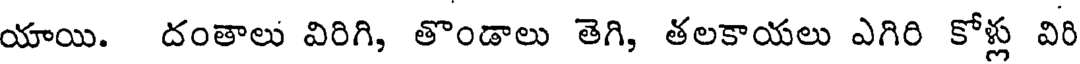
యాయి. దంతాలు విరిగి, తొండాలు తెగి, తలకాయలు ఎగిరి కోళ్లు విరి